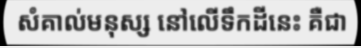
សំគាល់មនុស្ស នៅលើទឹកដីនេះ គឺជា